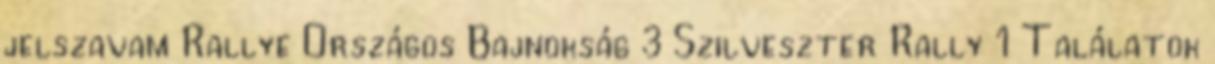
jelszavam Rallye Országos Bajnokság 3 Szilveszter Rally 1 Találatok